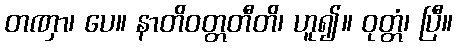
တဏှာ၊ ပေ။ နာတိဝတ္တတီတိ၊ ဟူ၍။ ဝုတ္တံ၊ ပြီ။